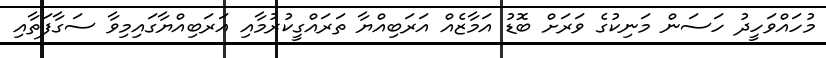
މުހައްވަހީދު ހަސަން މަނިކުގެ ވަރަށް ބޮޑު އަމާޒެއް އަރަބިއްޔާ ތަރައްގީކުރުމާއި އަރަބިއްޔާގައިމިވާ ސަގާފަތާއި